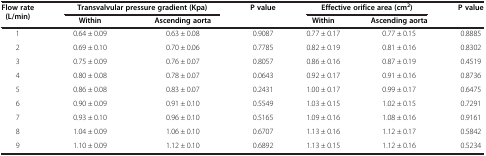
<table><thead><tr><td><b>Flow rate (L/min)</b></td><td colspan="2"><b>Transvalvular pressure gradient (Kpa)</b></td><td><b>P value</b></td><td colspan="2"><b>Effective orifice area (cm<sup>2</sup>)</b></td><td><b>P value</b></td></tr><tr><td><b> </b></td><td><b>Within</b></td><td><b>Ascending aorta</b></td><td><b> </b></td><td><b>Within</b></td><td><b>Ascending aorta</b></td><td><b> </b></td></tr></thead><tbody><tr><td>1</td><td>0.64 ± 0.09</td><td>0.63 ± 0.08</td><td>0.9087</td><td>0.77 ± 0.17</td><td>0.77 ± 0.15</td><td>0.8885</td></tr><tr><td>2</td><td>0.69 ± 0.10</td><td>0.70 ± 0.06</td><td>0.7785</td><td>0.82 ± 0.19</td><td>0.81 ± 0.16</td><td>0.8302</td></tr><tr><td>3</td><td>0.75 ± 0.09</td><td>0.76 ± 0.07</td><td>0.8057</td><td>0.86 ± 0.16</td><td>0.87 ± 0.19</td><td>0.4519</td></tr><tr><td>4</td><td>0.80 ± 0.08</td><td>0.78 ± 0.07</td><td>0.0643</td><td>0.92 ± 0.17</td><td>0.91 ± 0.16</td><td>0.8736</td></tr><tr><td>5</td><td>0.86 ± 0.08</td><td>0.83 ± 0.07</td><td>0.2431</td><td>1.00 ± 0.17</td><td>0.99 ± 0.17</td><td>0.6475</td></tr><tr><td>6</td><td>0.90 ± 0.09</td><td>0.91 ± 0.10</td><td>0.5549</td><td>1.03 ± 0.15</td><td>1.02 ± 0.15</td><td>0.7291</td></tr><tr><td>7</td><td>0.93 ± 0.10</td><td>0.96 ± 0.10</td><td>0.5165</td><td>1.09 ± 0.16</td><td>1.08 ± 0.16</td><td>0.9161</td></tr><tr><td>8</td><td>1.04 ± 0.09</td><td>1.06 ± 0.10</td><td>0.6707</td><td>1.13 ± 0.16</td><td>1.12 ± 0.17</td><td>0.5842</td></tr><tr><td>9</td><td>1.10 ± 0.09</td><td>1.12 ± 0.10</td><td>0.6892</td><td>1.13 ± 0.15</td><td>1.12 ± 0.16</td><td>0.5234</td></tr></tbody></table>